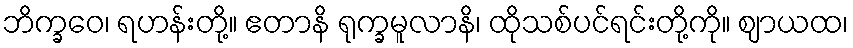
ဘိက္ခဝေ၊ ရဟန်းတို့။ ဧတာနိ ရုက္ခမူလာနိ၊ ထိုသစ်ပင်ရင်းတို့ကို။ ဈာယထ၊